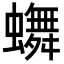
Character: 𬠴